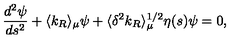
{ \frac { d ^ { 2 } \psi } { d s ^ { 2 } } } + \langle k _ { R } \rangle _ { \mu } \psi + \langle \delta ^ { 2 } k _ { R } \rangle _ { \mu } ^ { 1 / 2 } \eta ( s ) \psi = 0 ,